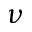
\nu